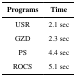
<table><thead><tr><td><b>Programs</b></td><td><b>Time</b></td></tr></thead><tbody><tr><td>USR</td><td>2.1 sec</td></tr><tr><td>GZD</td><td>2.3 sec</td></tr><tr><td>PS</td><td>4.4 sec</td></tr><tr><td>ROCS</td><td>5.1 sec</td></tr></tbody></table>